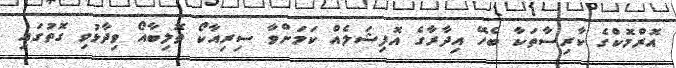
އޮރްމޮކްގެ ކާރިސާތަކާ ބެހޭ އިދާރާގެ އޮފިޝަލެއް ކަމަށްވާ ސިރިއާކޯ ތޮލިބާއޯ ވިދާޅުވި ގޮތުގައި